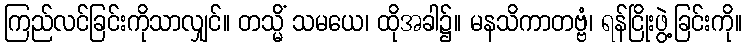
ကြည်လင်ခြင်းကိုသာလျှင်။ တသ္မိံ သမယေ၊ ထိုအခါ၌။ မနသိကာတဗ္ဗံ၊ ရန်ငြိုးဖွဲ့ခြင်းကို။